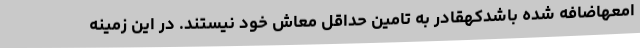
امعهاضافه شده باشدکهقادر به تامین حداقل معاش خود نیستند. در این زمینه